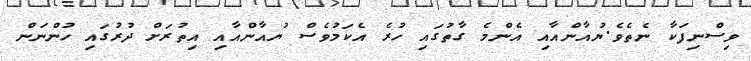
ވިސްނިފަކާ ނެތެވެ.ޔުއާންއާއި އެންމެ ގާތުގައި ހުރެ އެކަމުވެސް ޔުއާންއާއި އިތުރަށް ދުރުގައި ހުންނަން